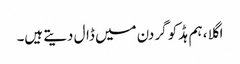
اگلا ، ہم ہڈ کو گردن میں ڈال دیتے ہیں۔